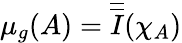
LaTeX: \mu_{g}(A)={\overline{{\overline{{I}}}}}(\chi_{A})